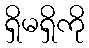
ရှိမရှိကို